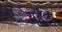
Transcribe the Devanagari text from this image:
यहँा